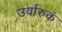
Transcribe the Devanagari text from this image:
उर्वारुकं